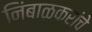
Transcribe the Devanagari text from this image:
निंबाळकरांचे